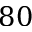
8 0